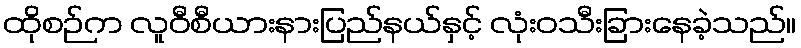
ထိုစဉ်က လူဝီစီယားနားပြည်နယ်နှင့် လုံးဝသီးခြားနေခဲ့သည်။